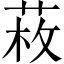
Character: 𦲲